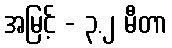
အမြင့် - ၃.၂ မီတာ